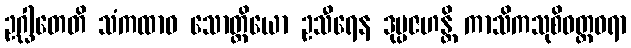
ဥဂ္ဃါတေတိ သံကထာဝ သောတ္ထိယော ဥသီရေန ဒုပ္ပဇဟန္တိ ကာသိကသုစိဝတ္ထဓရာ